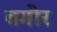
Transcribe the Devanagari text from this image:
बगोर